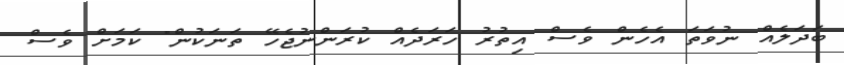
ބަދަލެއް ނުވަތަ އެހެން ވެސް އިތުރު ހަރަދެއް ކުރަންނުޖެހޭ ތަނަކުން" ކަމަށް ވެސް